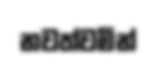
නවත්වමින්